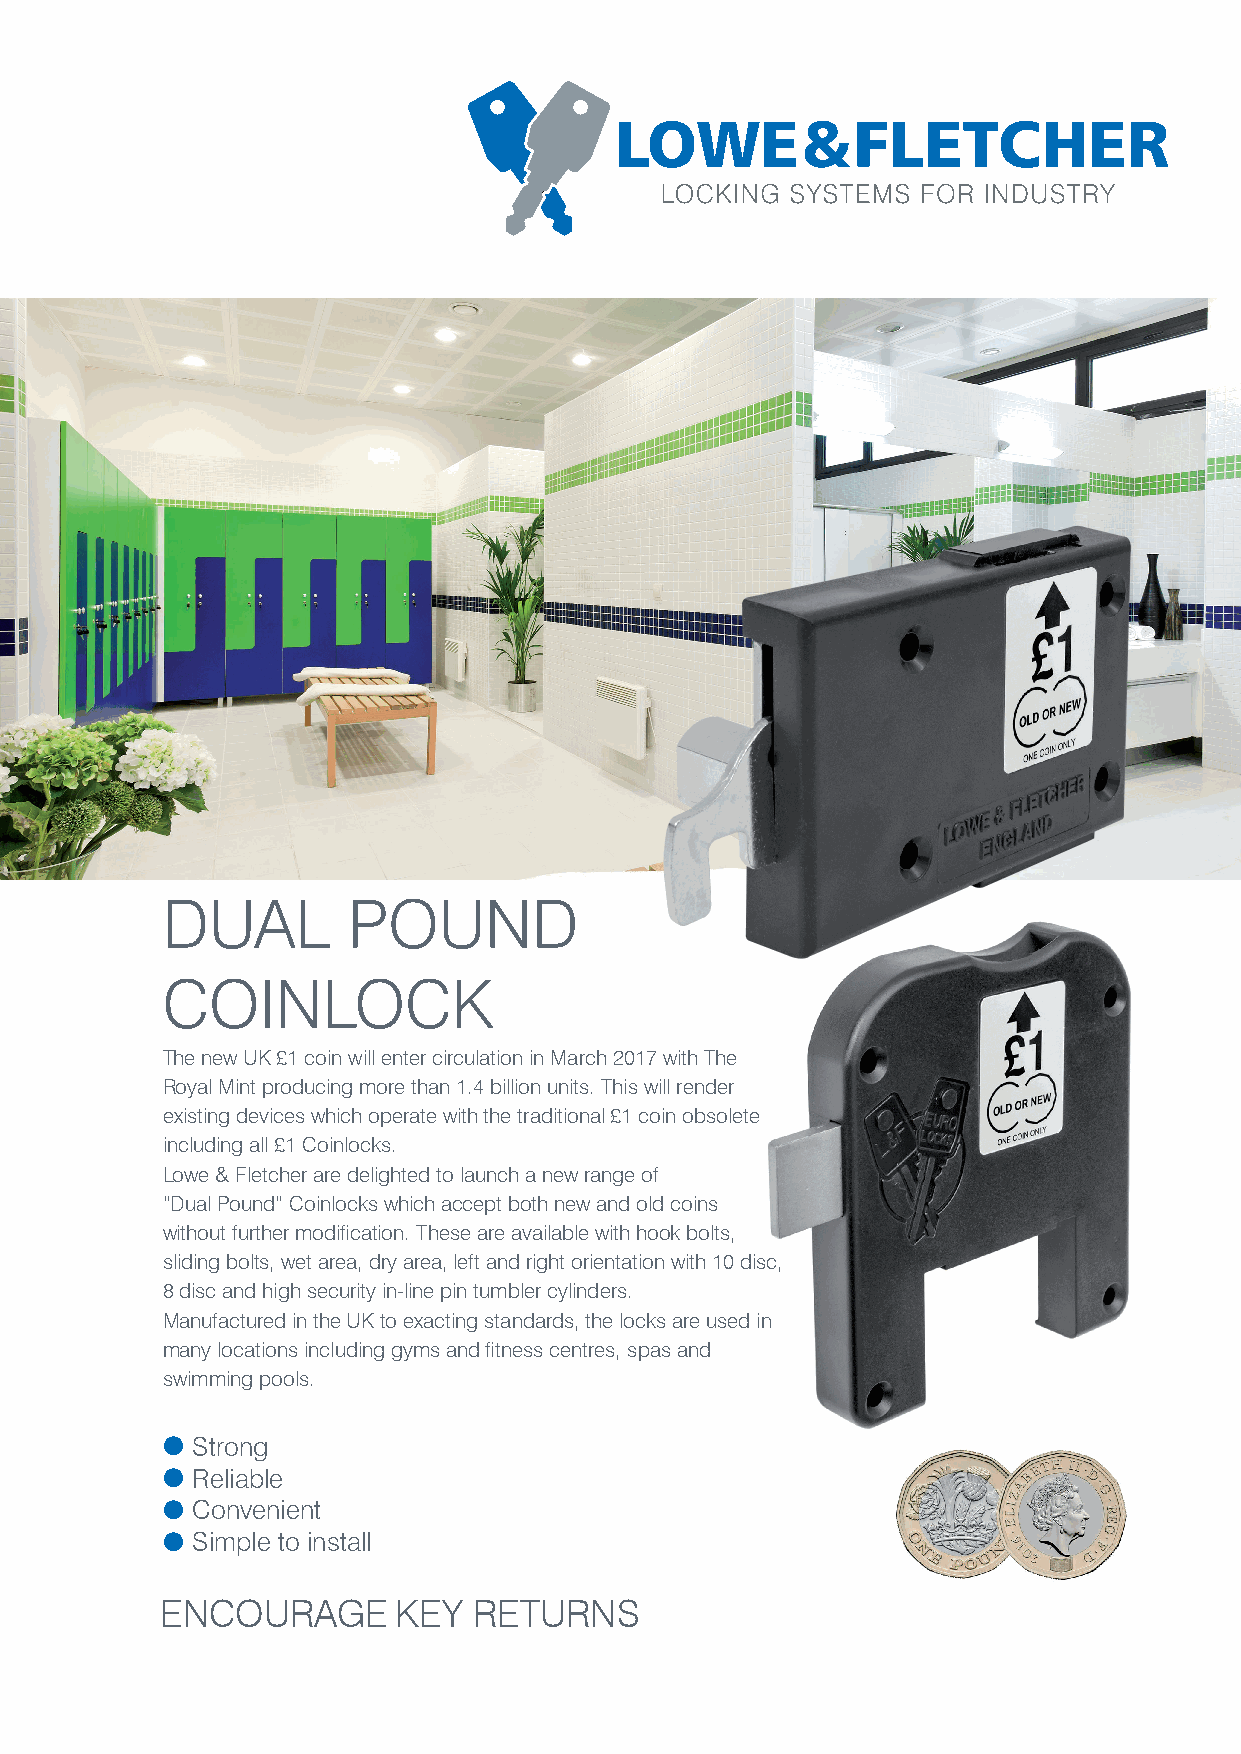
DUAL        POUND
 COINLOCK
 The new UK £1 coin will enter circulation in March 2017 with The
 Royal Mint producing more than 1.4 billion units. This will render
 existing devices which operate with the traditional £1 coin obsolete
 including all £1 Coinlocks.
 Lowe & Fletcher are delighted to launch a new range of
 “Dual Pound” Coinlocks which accept both new and old coins
 without further modification. These are available with hook bolts,
 sliding bolts, wet area, dry area, left and right orientation with 10 disc,
 8 disc and high security in-line pin tumbler cylinders.
 Manufactured in the UK to exacting standards, the locks are used in
 many locations including gyms and fitness centres, spas and
 swimming pools.
 l Strong
 l Reliable
 l Convenient
 l Simple to install
 ENCOURAGE      KEY  RETURNS